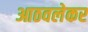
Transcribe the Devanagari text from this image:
आठवलेकर